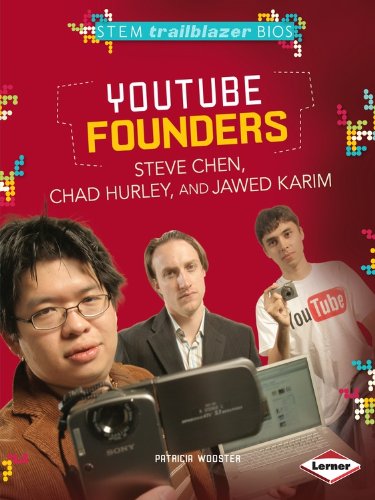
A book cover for Youtube Founders Steve Chen, Chad Hurley, and Jawed Karim (Stem Trailblazer Bios); Patricia Wooster; Children's Books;